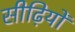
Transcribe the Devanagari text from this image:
सीढ़ियों